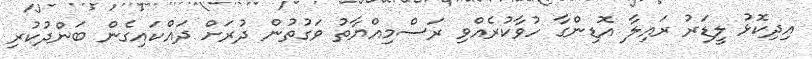
އިދިކޮޅު ލީޑަރު ރައިލާ އޮޑިންގާ ހުވާކުރެއްވި ރަސްމިއްޔާތު ވަގުތުން ދުރަށް ދައްކައިގެން ބަންދުކުރި